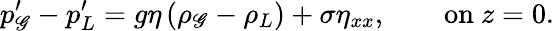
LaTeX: p_{\mathscr{G}}^{\prime}-p_{L}^{\prime}=g\eta\left(\rho_{\mathscr{G}}-\rho_{L}\right)+\sigma\eta_{xx},\qquad{\mathrm{{on~}}}z=0.